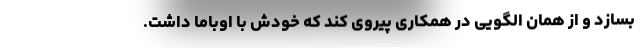
بسازد و از همان الگویی در همکاری پیروی کند که خودش با اوباما داشت.